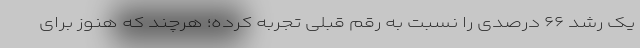
یک رشد ۶۶ درصدی را نسبت به رقم قبلی تجربه کرده؛ هرچند که هنوز برای